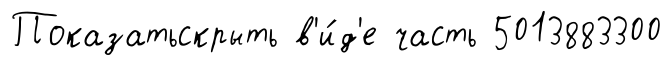
Показатьскрыть в'и́д'е часть 5013883300